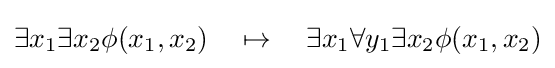
\displaystyle \exists x_{1}\exists x_{2}\phi (x_{1},x_{2})\quad \mapsto \quad \exists x_{1}\forall y_{1}\exists x_{2}\phi (x_{1},x_{2})